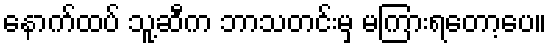
နောက်ထပ် သူ့ဆီက ဘာသတင်းမှ မကြားရတော့ပေ။